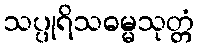
သပ္ပုရိသဓမ္မသုတ္တံ